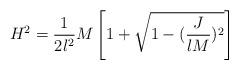
LaTeX: \begin{align*}H^2 = \frac{1}{2l^2} M \left[ 1 + \sqrt{1-(\frac{J}{lM})^2}\right]\end{align*}